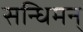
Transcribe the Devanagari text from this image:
सन्धिमन्